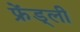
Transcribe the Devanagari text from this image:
फ्रेंड्ली